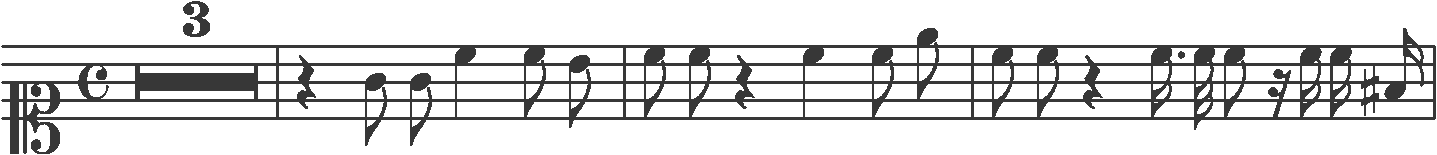
Transcription: clef-C1 timeSignature-C multirest-3 barline rest-quarter note-G4_eighth note-G4_eighth note-C5_quarter note-C5_eighth note-B4_eighth barline note-C5_eighth note-C5_eighth rest-quarter note-C5_quarter note-C5_eighth note-E5_eighth barline note-C5_eighth note-C5_eighth rest-quarter note-C5_sixteenth. note-C5_thirty_second note-C5_eighth rest-sixteenth note-C5_sixteenth note-C5_sixteenth note-F#4_sixteenth barline